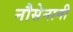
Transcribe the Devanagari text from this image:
नौसेनानी